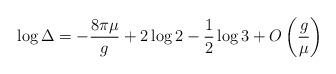
LaTeX: \begin{align*}\log \Delta=-\frac{8\pi \mu}{g}+2\log 2-\frac12 \log 3+O\left(\frac{g}{\mu}\right)\end{align*}